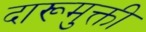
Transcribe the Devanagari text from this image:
दारूमुक्ती